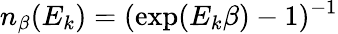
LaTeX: n_{\beta}(E_{k})=(\exp(E_{k}\beta)-1)^{-1}